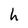
Character: h